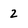
Character: 2